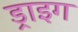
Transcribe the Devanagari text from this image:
ड्राइग